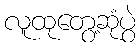
လူထုတွေ့ဆုံပွဲ